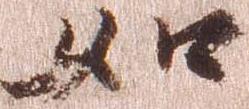
如